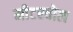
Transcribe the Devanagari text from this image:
मीटरवोल